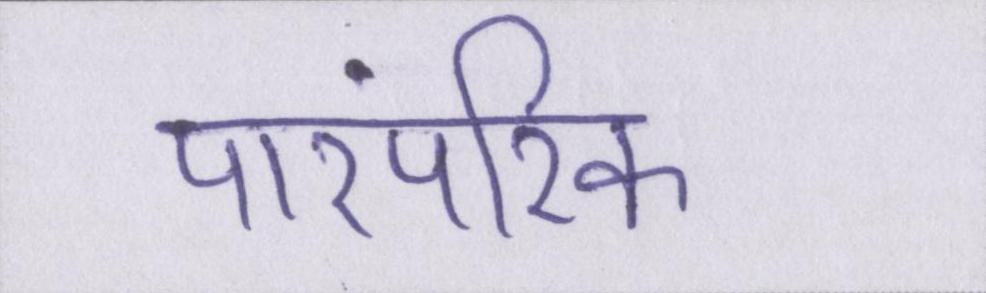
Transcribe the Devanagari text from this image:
पारंपरिक